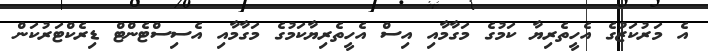
އެ މަރުކަޒުގެ އެހީތެރިޔާ ކަމުގެ މަގާމާއި އިސް އެހީތެރިޔާކަމުގެ މަގާމާއި އެސިސްޓެންޓް ޑިރެކްޓަރުކަން